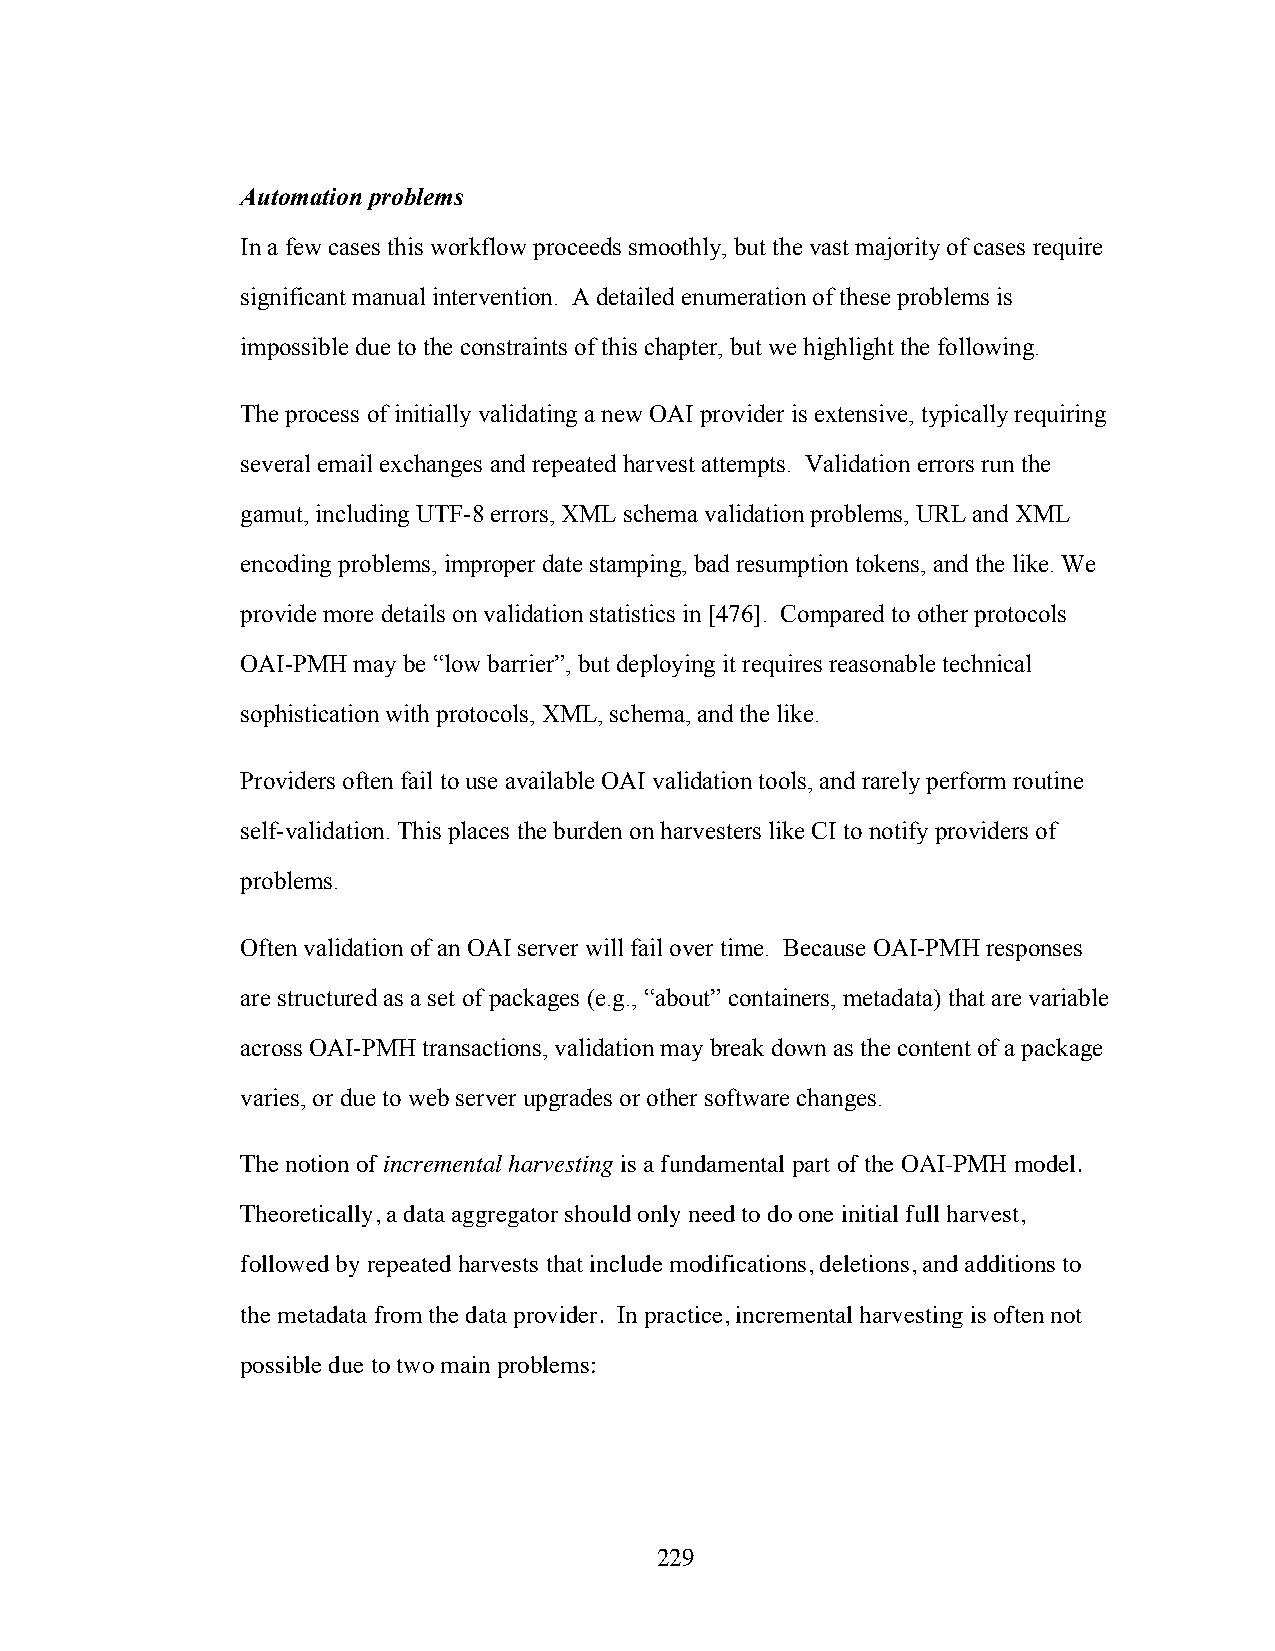
Automation problems
 In a few cases this workflow proceeds smoothly, but the vast majority of cases require
 significant manual intervention. A detailed enumeration of these problems is
 impossible due to the constraints of this chapter, but we highlight the following.
 The process of initially validating a new OAI provider is extensive, typically requiring
 several email exchanges and repeated harvest attempts. Validation errors run the
 gamut, including UTF-8 errors, XML schema validation problems, URL and XML
 encoding problems, improper date stamping, bad resumption tokens, and the like. We
 provide more details on validation statistics in [476]. Compared to other protocols
 OAI-PMH may be “low barrier”, but deploying it requires reasonable technical
 sophistication with protocols, XML, schema, and the like.
 Providers often fail to use available OAI validation tools, and rarely perform routine
 self-validation. This places the burden on harvesters like CI to notify providers of
 problems.
 Often validation of an OAI server will fail over time. Because OAI-PMH responses
 are structured as a set of packages (e.g., “about” containers, metadata) that are variable
 across OAI-PMH transactions, validation may break down as the content of a package
 varies, or due to web server upgrades or other software changes.
 The notion of incremental harvesting is a fundamental part of the OAI-PMH model.
 Theoretically, a data aggregator should only need to do one initial full harvest,
 followed by repeated harvests that include modifications, deletions, and additions to
 the metadata from the data provider. In practice, incremental harvesting is often not
 possible due to two main problems:
 229